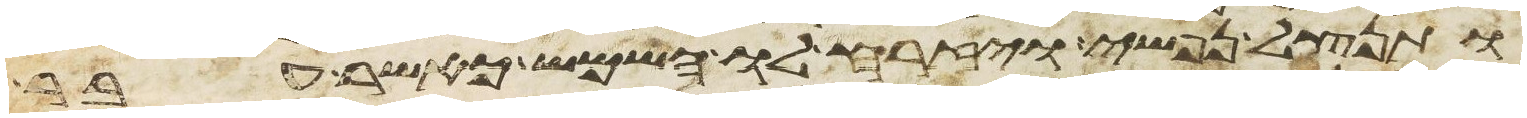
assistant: ותנצל נפשי ויזרח לו השמש כאשר עבר